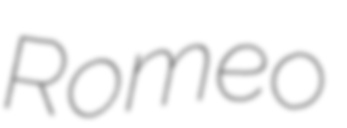
Romeo